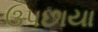
ઉપછાયા